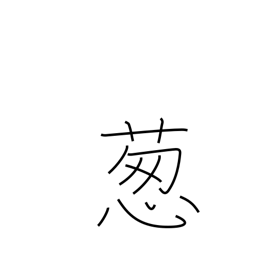
Meaning: Welsh onion